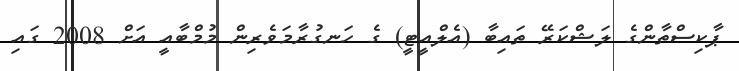
ޕާކިސްތާންގެ ލަޝްކަރޭ ތައިބާ (އެލްއީޓީ) ގެ ހަނގުރާމަވެރިން މުމްބާއީ އަށް 2008 ގައި